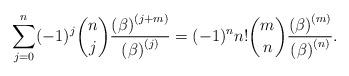
LaTeX: \begin{align*}\sum_{j=0}^{n}(-1)^{j}\binom{n}{j}\frac{\left( \beta \right) ^{\left(j+m\right) }}{\left( \beta \right) ^{\left( j\right) }}=(-1)^{n}n!\binom{m}{n}\frac{\left( \beta \right) ^{\left( m\right) }}{\left( \beta \right)^{\left( n\right) }}. \end{align*}